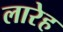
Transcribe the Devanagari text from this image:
लारेह